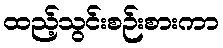
ထည့်သွင်းစဉ်းစားကာ